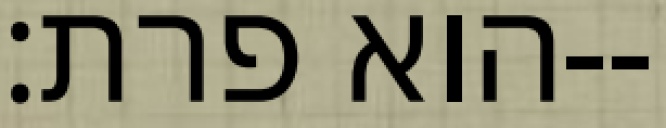
הוא פרת׃--